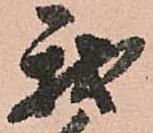
我